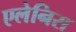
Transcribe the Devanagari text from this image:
एलेनिस